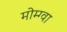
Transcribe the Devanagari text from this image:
मोम्ग्वा